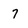
Character: 7